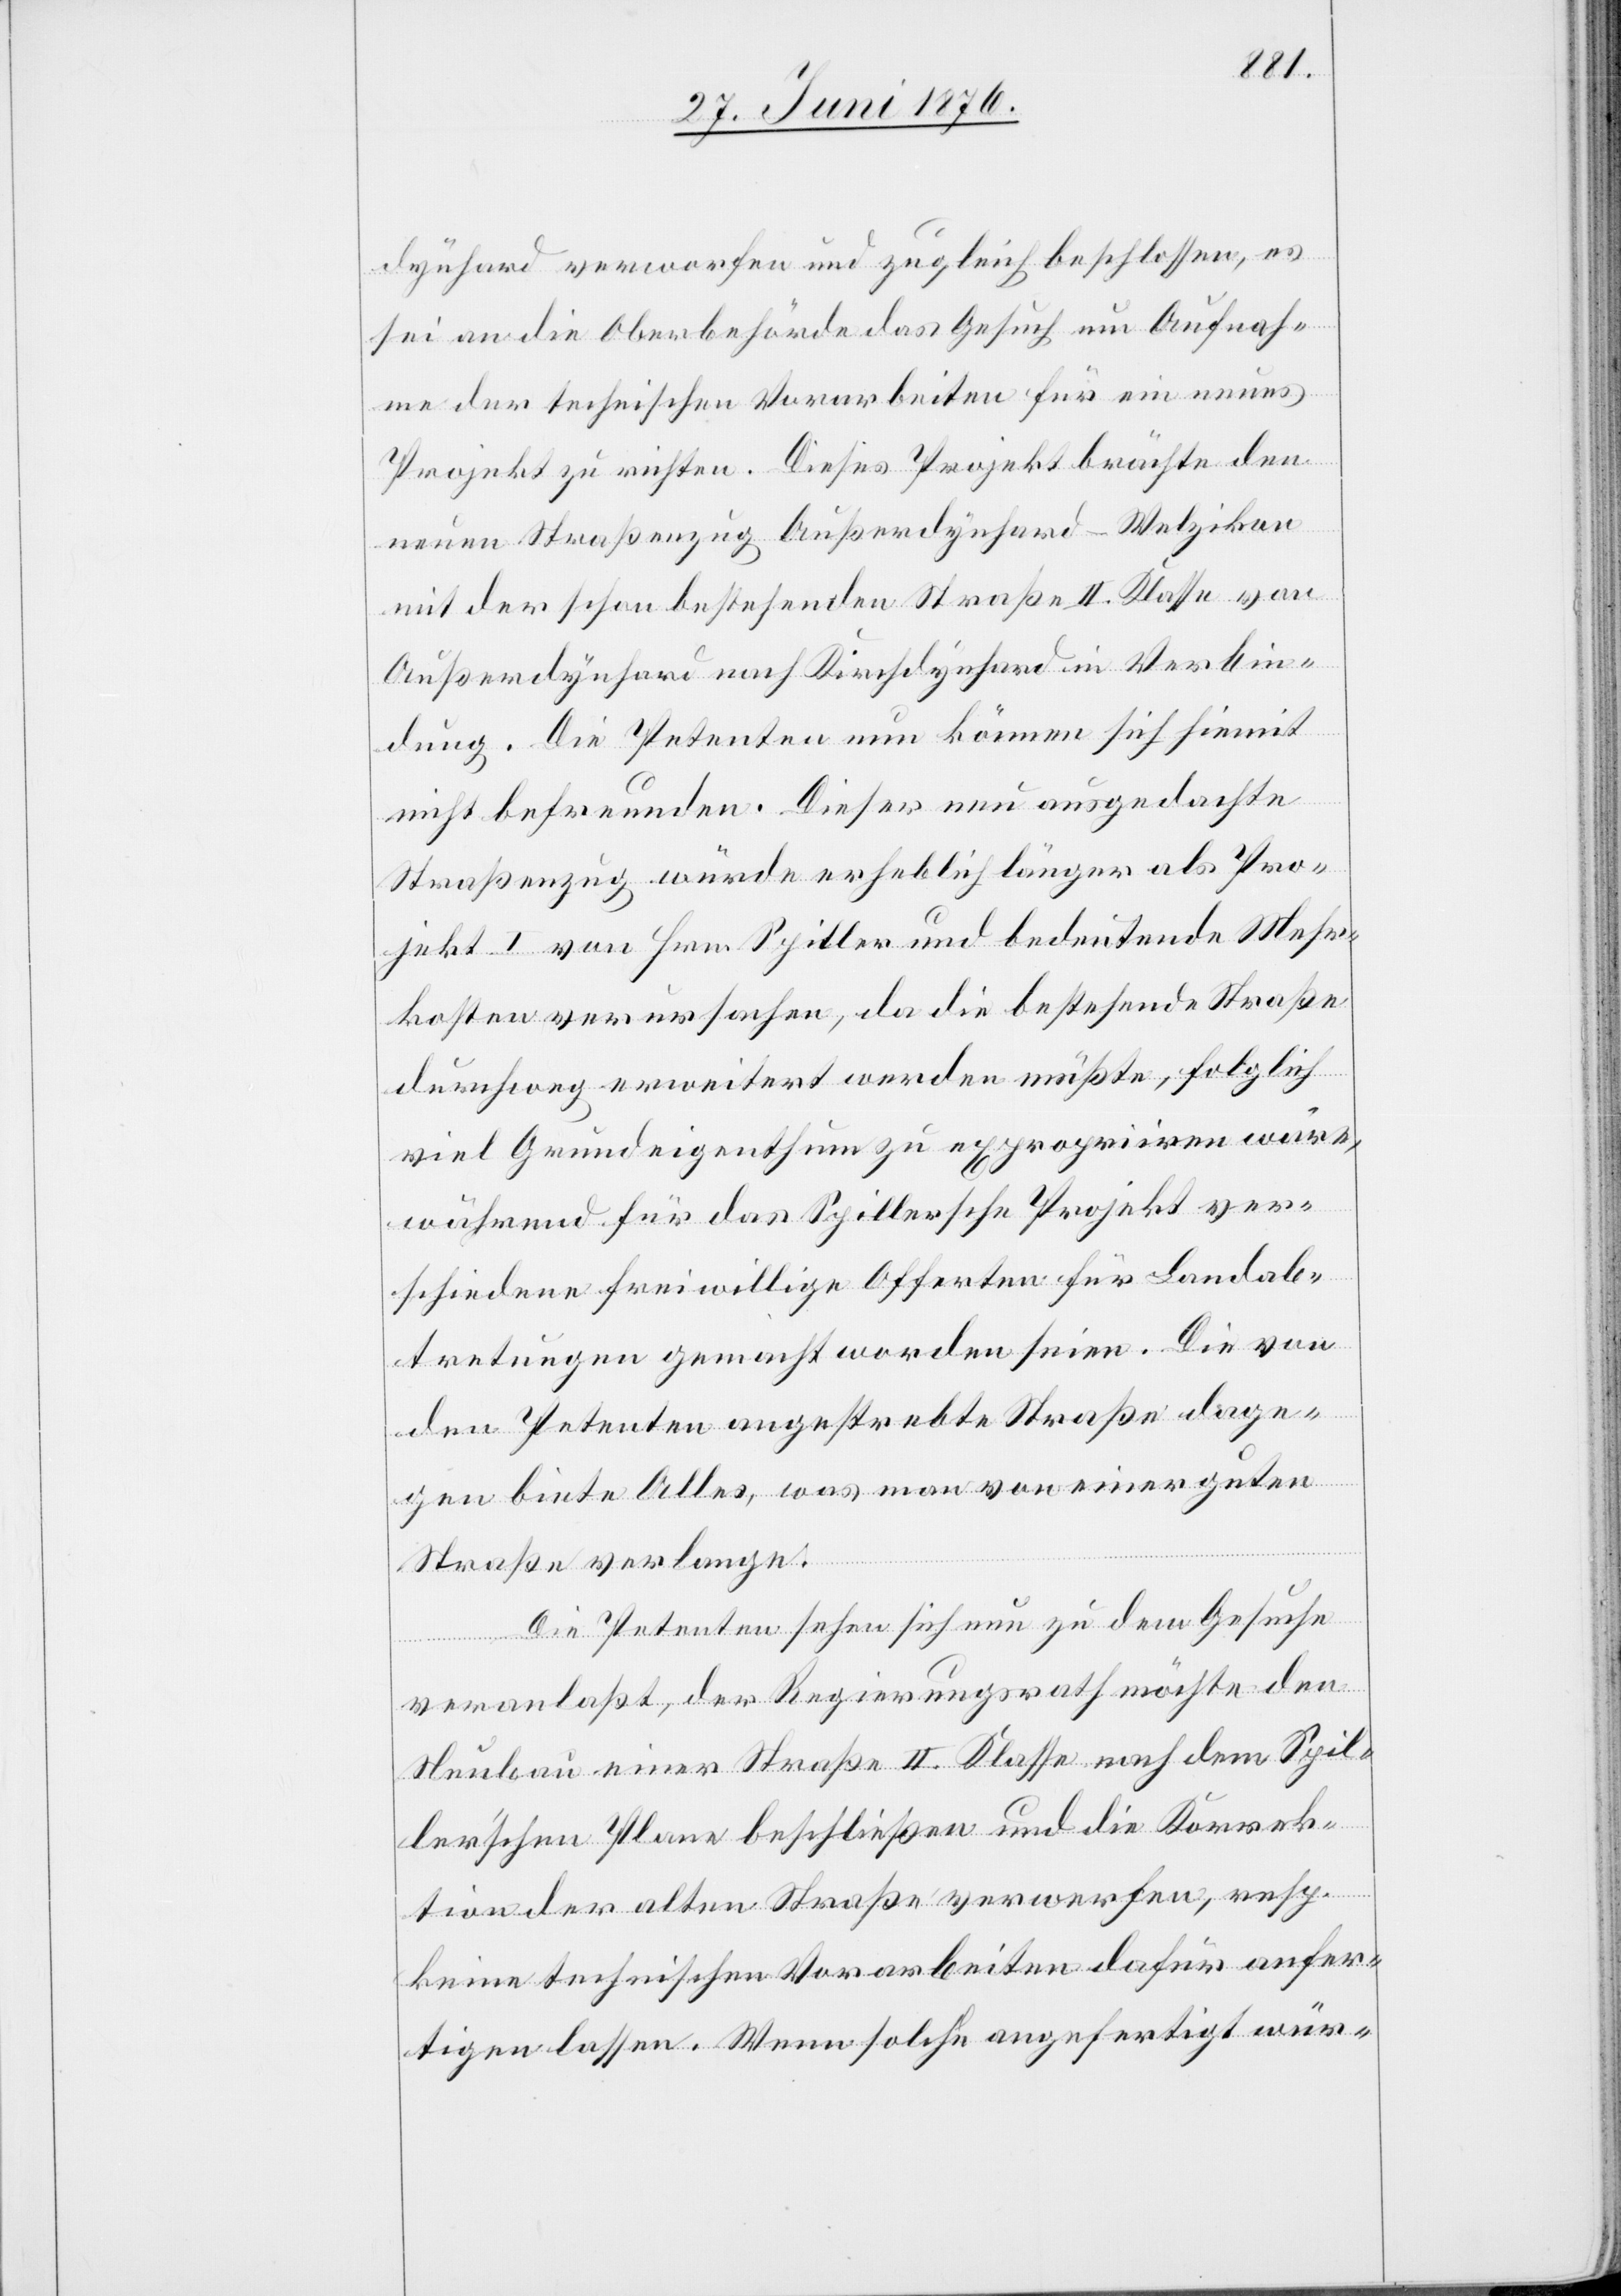
dynhard verworfen und zugleich beschlossen, es
sei an die Oberbehörde das Gesuch um Aufnah¬
me der technischen Vorarbeiten für ein neues
Projekt zu richten. Dieses Projekt brächte den
neuen Straßenzug Außerdynhard–Wetzikon
mit der schon bestehenden Straße II. Klasse von
Außerdynhard nach Kirchdynhard in Verbin¬
dung. Die Petenten nun können sich hiemit
nicht befreunden. Dieser nun ausgedehnte
Straßenzug würde erheblich länger als Pro¬
jekt I von Hrn. Spiller und bedeutende Mehr¬
kosten verursachen, da die bestehende Straße
durchweg erweitert werden müßte, folglich
viel Grundeigenthum zu expropriiren wäre,
während für das Spillersche Projekt ver¬
schiedene freiwillige Offerten für Landab¬
tretungen gemacht worden seien. Die von
den Petenten angestrebte Straße dage¬
gen biete Alles, was man von einer guten
Straße verlange.
Die Petenten sehen sich nun zu dem Gesuche
veranlaßt, der Regierungsrath möchte den
Neubau einer Straße II. Klasse nach dem Spil¬
ler’schen Plane beschließen und die Korrek¬
tion der alten Straße verwerfen, resp.
keine technischen Vorarbeiten dafür anfer¬
tigen lassen. Wenn solche angefertigt wür-